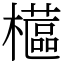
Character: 櫙